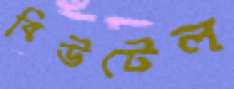
বিউটেল